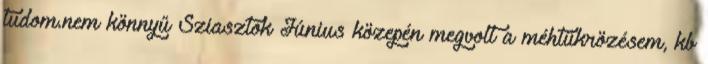
tudom.nem könnyű Sziasztok Június közepén megvolt a méhtükrözésem, kb